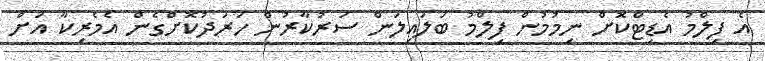
އެ ފިލްމު އެޑިޓްކޮށް ނިމުމުން ފިލްމު ބަލައިލަން ސަރުކާރުން ހަރަދުކޮށްގެން އެމެރިކާ އަށް